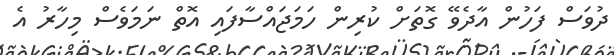
ދުވަސް ފަހުން އާދެވޭ ގޮތަށް ކުރިން ހަމަޖައްސާފައި އޮތް ނަމަވެސް މިހާރު އެ